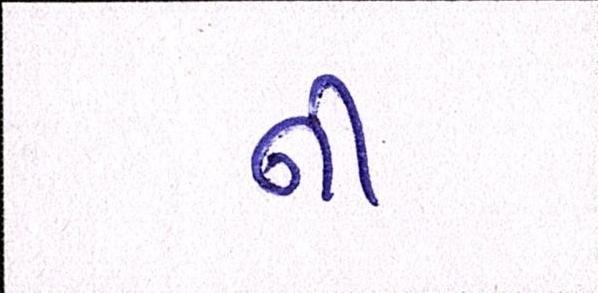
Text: નીં